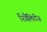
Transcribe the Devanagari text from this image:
रियैलिटीज़